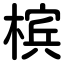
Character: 槟